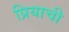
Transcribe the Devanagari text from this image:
प्रियाची